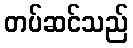
တပ်ဆင်သည်